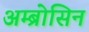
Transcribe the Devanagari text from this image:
अम्ब्रोसिन